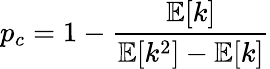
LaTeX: p_{c}=1-{\frac{\mathbb{E}[k]}{\mathbb{E}[k^{2}]-\mathbb{E}[k]}}